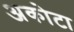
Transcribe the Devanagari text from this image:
अकोटा